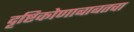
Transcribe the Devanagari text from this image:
दृष्टिकोणाबाबतचा